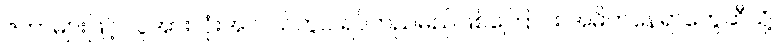
ဇကာများဖြင့် လူအားလုံးအလယ်တွင် ရပ်တည်မည်ဖြစ်ကြောင်း အဓိကနေရာတွေဆီသို့